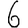
Digit: 6